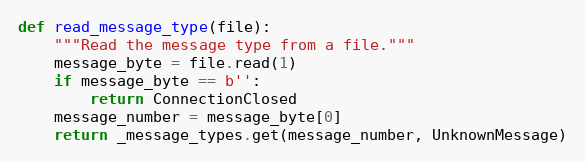
Language: Python
def read_message_type(file):
    """Read the message type from a file."""
    message_byte = file.read(1)
    if message_byte == b'':
        return ConnectionClosed
    message_number = message_byte[0]
    return _message_types.get(message_number, UnknownMessage)